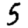
Digit: 5